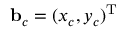
{ \mathbf b } _ { c } = ( x _ { c } , y _ { c } ) ^ { { \mathrm T } }